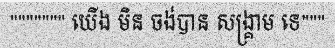
""""""" យើង មិន ចង់បាន សង្គ្រាម ទេ"""